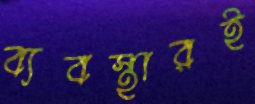
ব্যবস্থারই